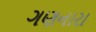
ગણનારા